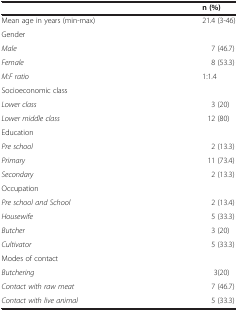
|  | n (%) |
 | --- | --- |
 | Mean age in years (min-max) | 21.4 (3-46) |
 | Gender |  |
 | Male | 7 (46.7) |
 | Female | 8 (53.3) |
 | M:F ratio | 1:1.4 |
 | Socioeconomic class |  |
 | Lower class | 3 (20) |
 | Lower middle class | 12 (80) |
 | Education |  |
 | Pre school | 2 (13.3) |
 | Primary | 11 (73.4) |
 | Secondary | 2 (13.3) |
 | Occupation |  |
 | Pre school and School | 2 (13.4) |
 | Housewife | 5 (33.3) |
 | Butcher | 3 (20) |
 | Cultivator | 5 (33.3) |
 | Modes of contact |  |
 | Butchering | 3(20) |
 | Contact with raw meat | 7 (46.7) |
 | Contact with live animal | 5 (33.3) |